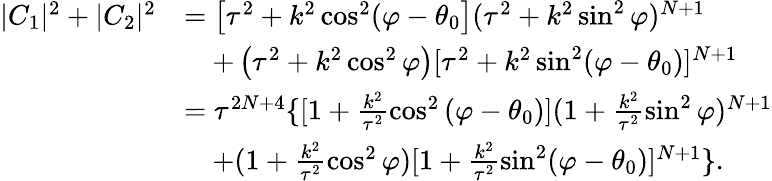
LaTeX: \begin{array}{rl}{|C_{1}|^{2}+|C_{2}|^{2}}&{=\left[\tau^{2}+k^{2}\cos^{2}(\varphi-\theta_{0}\right](\tau^{2}+k^{2}\sin^{2}\varphi)^{N+1}}\\ &{\quad+\left(\tau^{2}+k^{2}\cos^{2}\varphi\right)[\tau^{2}+k^{2}\sin^{2}(\varphi-\theta_{0})]^{N+1}}\\ &{=\tau^{2N+4}\{ [1+\frac{k^{2}}{\tau^{2}}\cos^{2}\left(\varphi-\theta_{0}\right)](1+\frac{k^{2}}{\tau^{2}}\sin^{2}\varphi)^{N+1}}\\ &{\quad+(1+\frac{k^{2}}{\tau^{2}}\cos^{2}\varphi)[1+\frac{k^{2}}{\tau^{2}}\sin^{2}(\varphi-\theta_{0})]^{N+1}\} .}\end{array}